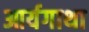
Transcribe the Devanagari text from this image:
आर्यगाथा